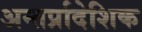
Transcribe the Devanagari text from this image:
अन्तर्प्रादेशिक